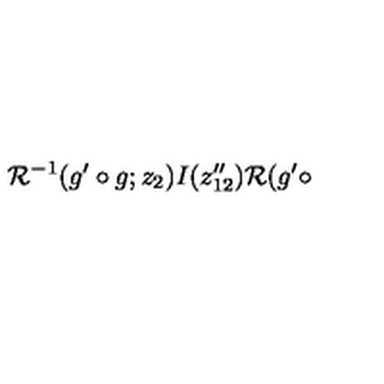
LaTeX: { \cal R } ^ { - 1 } ( g ^ { \prime } \circ g ; z _ { 2 } ) I ( z _ { 1 2 } ^ { \prime \prime } ) { \cal R } ( g ^ { \prime } \circ